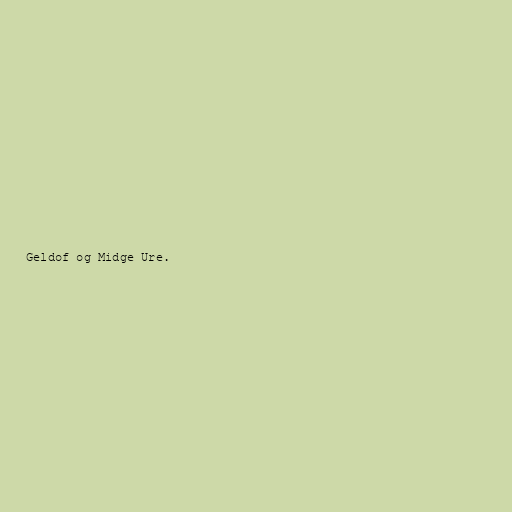
Geldof og Midge Ure.